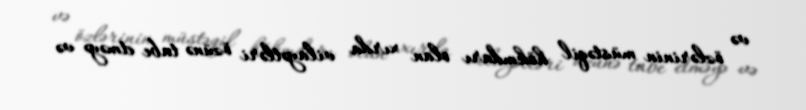
və özlərinin müstəqil hökmdarı olan xırda vilayətləri özünə tabe etməyə və